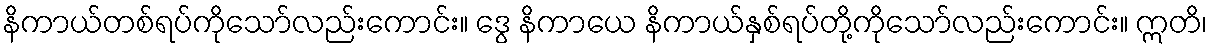
နိကာယ်တစ်ရပ်ကိုသော်လည်းကောင်း။ ဒွေ နိကာယေ နိကာယ်နှစ်ရပ်တို့ကိုသော်လည်းကောင်း။ ဣတိ၊